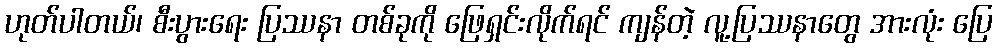
ဟုတ်ပါတယ်၊ စီးပွားရေး ပြဿနာ တစ်ခုကို ဖြေရှင်းလိုက်ရင် ကျန်တဲ့ လူ့ပြဿနာတွေ အားလုံး ပြေ